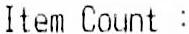
ITEM COUNT :